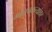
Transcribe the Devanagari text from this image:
गोलचकत्यांवर